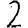
Digit: 2